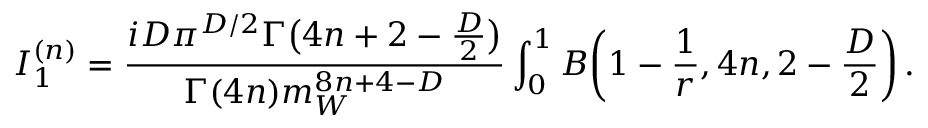
I _ { 1 } ^ { ( n ) } = \frac { i D \pi ^ { D / 2 } \Gamma \big ( 4 n + 2 - \frac { D } { 2 } \big ) } { \Gamma ( 4 n ) m _ { W } ^ { 8 n + 4 - D } } \int _ { 0 } ^ { 1 } B \bigg ( 1 - \frac { 1 } { r } , 4 n , 2 - \frac { D } { 2 } \bigg ) \, .